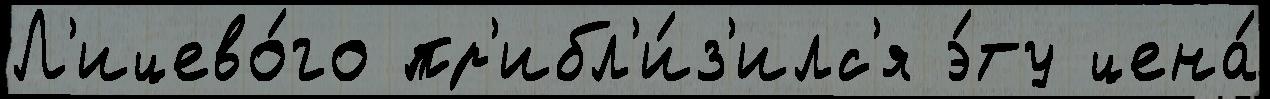
Л'ицево́го пр'ибл'и́з'илс'я э́ту цена́